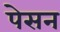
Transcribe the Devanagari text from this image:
पेसन